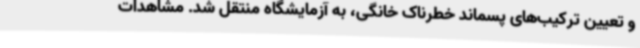
و تعیین ترکیب‌های پسماند خطرناک خانگی، به آزمایشگاه منتقل شد. مشاهدات